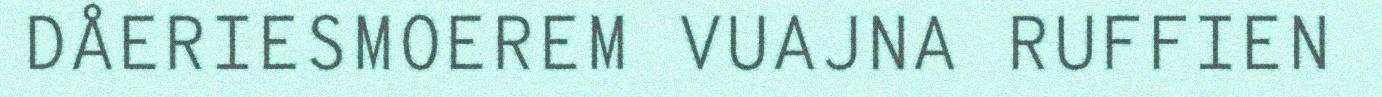
DÅERIESMOEREM VUAJNA RUFFIEN